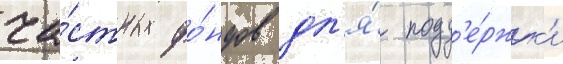
ча́стных фо́ндов дл'я́ подд'е́ржк'и